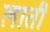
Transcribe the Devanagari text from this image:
लातीं